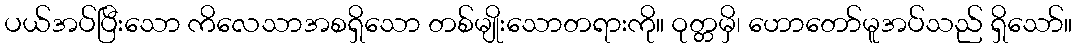
ပယ်အပ်ပြီးသော ကိလေသာအစရှိသော တစ်မျိုးသောတရားကို။ ဝုတ္တမှိ၊ ဟောတော်မူအပ်သည် ရှိသော်။